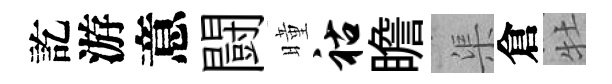
訖游意闘曈祜瞻渠倉牡